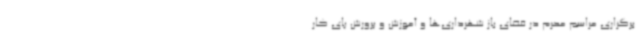
برگزاری مراسم محرم در فضای باز شهرداری‌ها و آموزش و پرورش پای کار